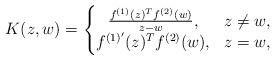
LaTeX: \begin{align*} K(z,w) = \left\{ \begin{matrix} \frac{f^{(1)}(z)^Tf^{(2)}(w)}{z-w}, & z \neq w, \\ f^{(1)'}(z)^Tf^{(2)}(w), & z = w, \end{matrix}\right.\end{align*}